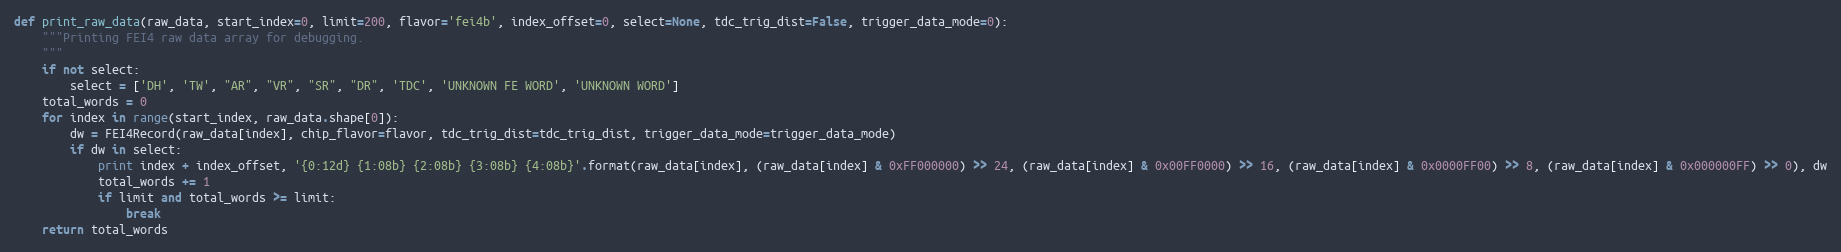
Language: Python
def print_raw_data(raw_data, start_index=0, limit=200, flavor='fei4b', index_offset=0, select=None, tdc_trig_dist=False, trigger_data_mode=0):
    """Printing FEI4 raw data array for debugging.
    """
    if not select:
        select = ['DH', 'TW', "AR", "VR", "SR", "DR", 'TDC', 'UNKNOWN FE WORD', 'UNKNOWN WORD']
    total_words = 0
    for index in range(start_index, raw_data.shape[0]):
        dw = FEI4Record(raw_data[index], chip_flavor=flavor, tdc_trig_dist=tdc_trig_dist, trigger_data_mode=trigger_data_mode)
        if dw in select:
            print index + index_offset, '{0:12d} {1:08b} {2:08b} {3:08b} {4:08b}'.format(raw_data[index], (raw_data[index] & 0xFF000000) >> 24, (raw_data[index] & 0x00FF0000) >> 16, (raw_data[index] & 0x0000FF00) >> 8, (raw_data[index] & 0x000000FF) >> 0), dw
            total_words += 1
            if limit and total_words >= limit:
                break
    return total_words